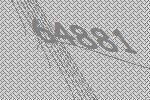
64881